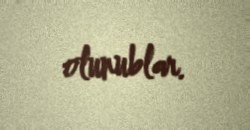
olunublar.